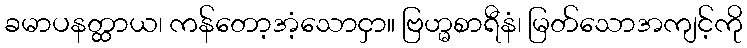
ခမာပနတ္ထာယ၊ ကန်တော့အံ့သောငှာ။ ဗြဟ္မစာရီနံ၊ မြတ်သောအကျင့်ကို